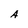
Character: A